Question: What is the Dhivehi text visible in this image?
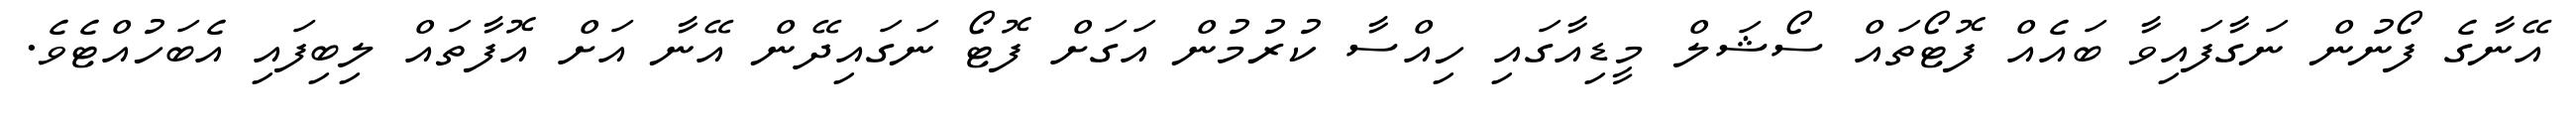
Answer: އޭނާގެ ފޯނުން ނަގާފައިވާ ބައެއް ފޮޓޯތައް ސޯޝަލް މީޑިއާގައި ހިއްސާ ކުރުމުން އަގަށް ފޮޓޯ ނަގައިދޭން އޭނާ އަށް އޮފާތައް ލިބިފައި އެބަހުއްޓެވެ.